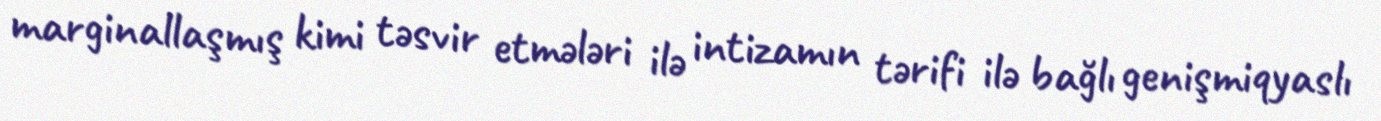
marginallaşmış kimi təsvir etmələri ilə intizamın tərifi ilə bağlı genişmiqyaslı